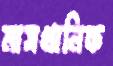
মাসখানিক